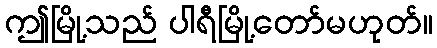
ဤမြို့သည် ပါရီမြို့တော်မဟုတ်။